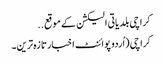
کراچی بلدیاتی الیکشن کے موقع ..
کراچی (اُردو پوائنٹ اخبارتازہ ترین۔